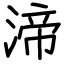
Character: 渧